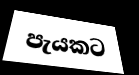
පැයකට